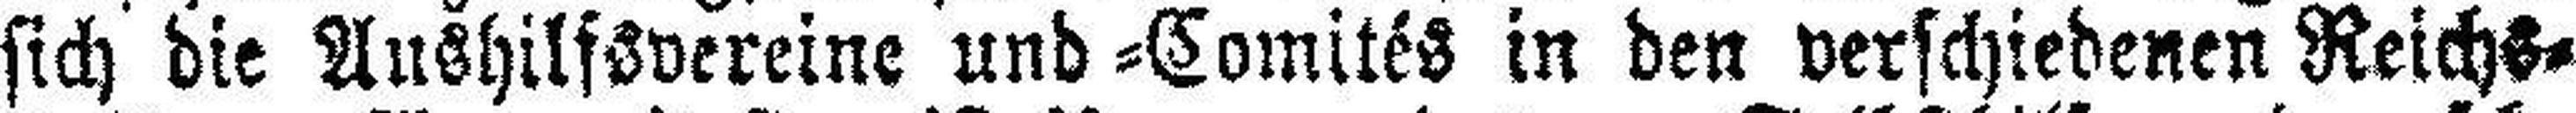
sich die Aushilfsvereine und =Comités in den verschiedenen Reichs¬